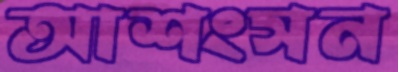
আশংসন